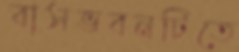
বাসভবনটিতে